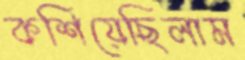
কশিয়েছিলাম